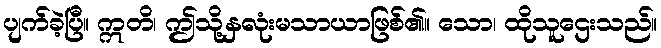
ပျက်ခဲ့ပြီ။ ဣတိ၊ ဤသို့နှလုံးမသာယာဖြစ်၏။ သော၊ ထိုသူဌေးသည်။